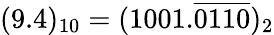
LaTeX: (9.4)_{10}=(1001.{\overline{{0110}}})_{2}